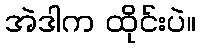
အဲဒါက ထိုင်းပဲ။